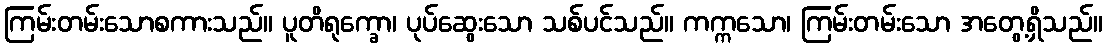
ကြမ်းတမ်းသောစကားသည်။ ပူတိရုက္ခော၊ ပုပ်ဆွေးသော သစ်ပင်သည်။ ကက္ကသော၊ ကြမ်းတမ်းသော အတွေ့ရှိသည်။